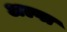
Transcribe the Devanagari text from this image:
अल्गा